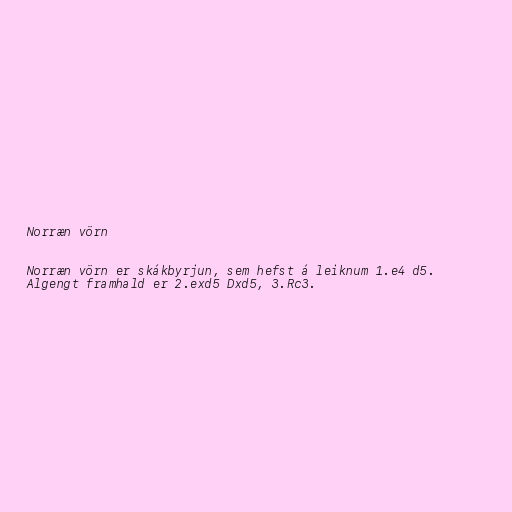
Norræn vörn

Norræn vörn er skákbyrjun, sem hefst á leiknum 1.e4 d5.
Algengt framhald er 2.exd5 Dxd5, 3.Rc3.